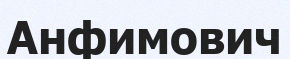
Анфимович